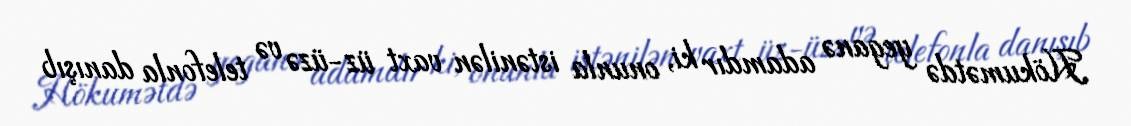
Hökumətdə yeganə adamdır ki, onunla istənilən vaxt üz-üzə və telefonla danışıb